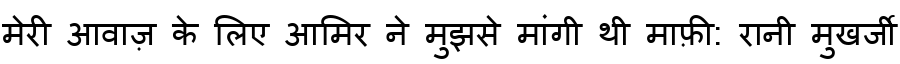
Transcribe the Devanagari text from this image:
मेरी आवाज़ के लिए आमिर ने मुझसे मांगी थी माफ़ी: रानी मुखर्जी